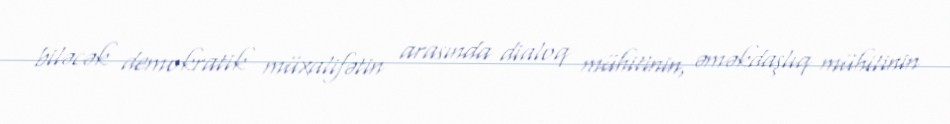
biləcək demokratik müxalifətin arasında dialoq mühitinin, əməkdaşlıq mühitinin